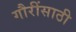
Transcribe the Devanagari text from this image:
गौरींसाठी